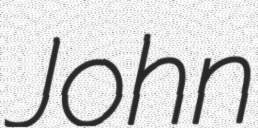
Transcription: John